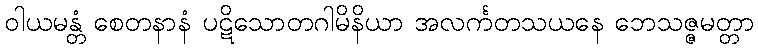
ဝါယမန္တံ စေတနာနံ ပဋိသောတဂါမိနိယာ အလင်္ကတသယနေ ဘေသဇ္ဇမတ္တာ